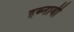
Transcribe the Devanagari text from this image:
इब्नाबी